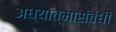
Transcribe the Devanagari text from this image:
अध्यात्मासंबंधी